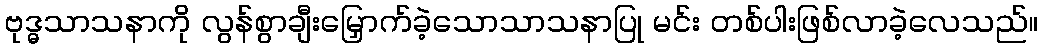
ဗုဒ္ဓသာသနာကို လွန်စွာချီးမြှောက်ခဲ့သောသာသနာပြု မင်း တစ်ပါးဖြစ်လာခဲ့လေသည်။